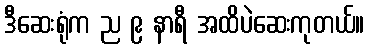
ဒီဆေးရုံက ည ၉ နာရီ အထိပဲဆေးကုတယ်။